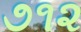
૭૧૨